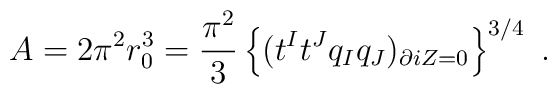
A = 2\pi^2 r_0^3 = {\pi^2\over 3} \left\{ (t^I t^J q_I q_J)_{\partial iZ=0}\right\}^{3/4} \ .